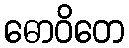
ဓောဝိတေ